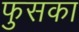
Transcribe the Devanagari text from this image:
फुसका